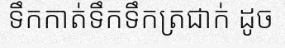
ទឹកកាត់ទឹកទឹកត្រជាក់ ដូច